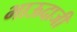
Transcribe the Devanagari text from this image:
भाऊदाजी